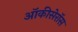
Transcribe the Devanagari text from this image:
ऑकीसेरॉस